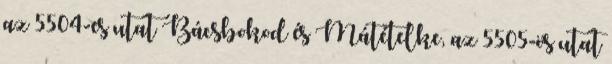
az 5504-es utat Bácsbokod és Mátételke, az 5505-ös utat